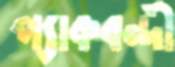
প্যাকবন্দী